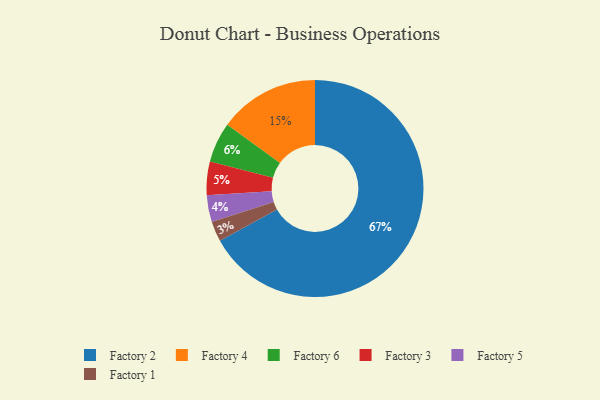
{"axis": {"x": "Category", "y": "Percentage"}, "legend": ["Factory 1", "Factory 2", "Factory 3", "Factory 4", "Factory 5", "Factory 6"], "data": [{"x": "Factory 5", "y": 4, "type": "Factory 5"}, {"x": "Factory 2", "y": 67, "type": "Factory 2"}, {"x": "Factory 3", "y": 5, "type": "Factory 3"}, {"x": "Factory 4", "y": 15, "type": "Factory 4"}, {"x": "Factory 1", "y": 3, "type": "Factory 1"}, {"x": "Factory 6", "y": 6, "type": "Factory 6"}]}